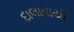
દાલાવાયી